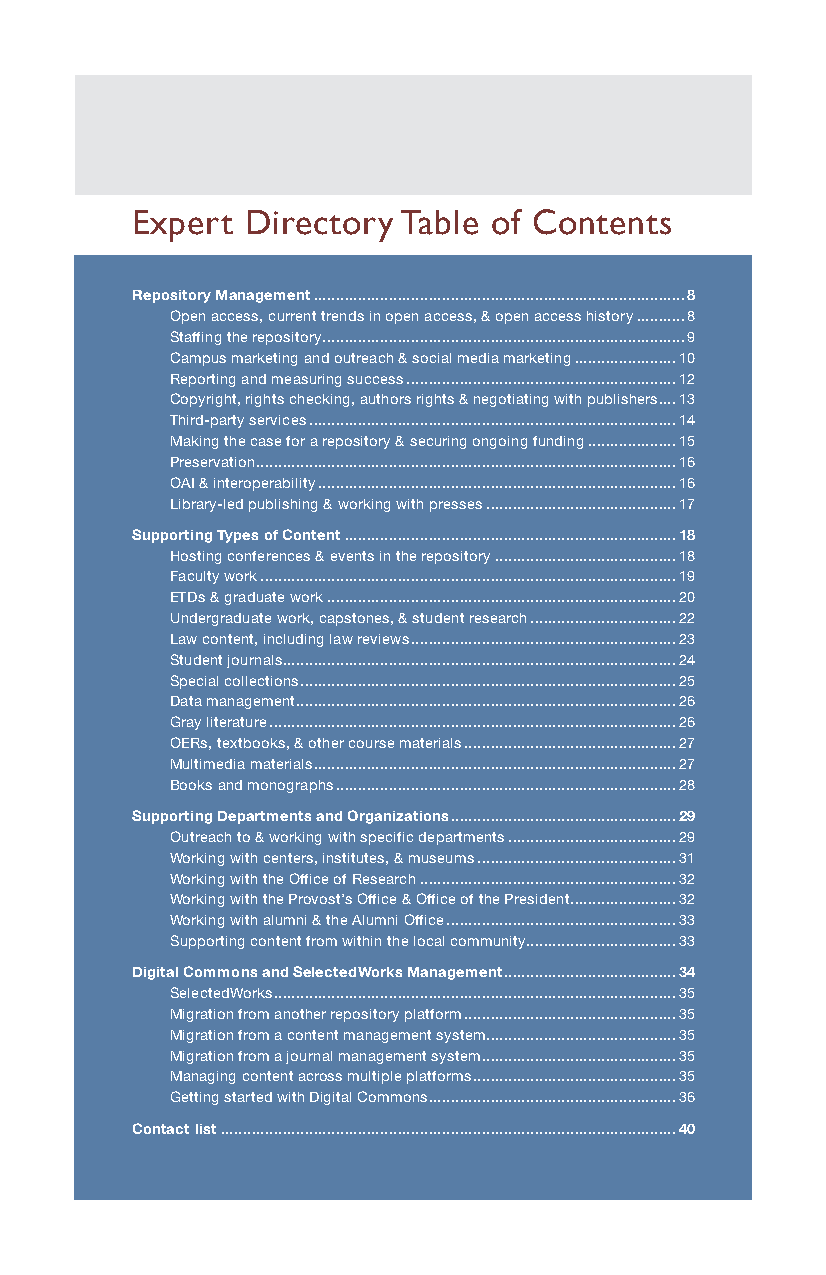
Expert Directory  Table of Contents
 Repository Management ....................................................................................8
 Open access, current trends in open access, & open access history ...........8
 Staffing the repository ..................................................................................9
 Campus marketing and outreach & social media marketing .......................10
 Reporting and measuring success .............................................................12
 Copyright, rights checking, authors rights & negotiating with publishers ....13
 Third-party services ...................................................................................14
 Making the case for a repository & securing ongoing funding ....................15
 Preservation ...............................................................................................16
 OAI & interoperability .................................................................................16
 Library-led publishing & working with presses ...........................................17
 Supporting Types of Content ...........................................................................18
 Hosting conferences & events in the repository .........................................18
 Faculty work ..............................................................................................19
 ETDs & graduate work ...............................................................................20
 Undergraduate work, capstones, & student research .................................22
 Law content, including law reviews ............................................................23
 Student journals. ........................................................................................24
 Special collections .....................................................................................25
 Data management ......................................................................................26
 Gray literature ............................................................................................26
 OERs, textbooks, & other course materials ................................................27
 Multimedia materials ..................................................................................27
 Books and monographs .............................................................................28
 Supporting Departments and Organizations ...................................................29
 Outreach to & working with specific departments ......................................29
 Working with centers, institutes, & museums .............................................31
 Working with the Office of Research ..........................................................32
 Working with the Provost’s Office & Office of the President. .......................32
 Working with alumni & the Alumni Office ....................................................33
 Supporting content from within the local community..................................33
 Digital Commons and SelectedWorks Management .......................................34
 SelectedWorks ...........................................................................................35
 Migration from another repository platform ................................................35
 Migration from a content management system...........................................35
 Migration from a journal management system ............................................35
 Managing content across multiple platforms ..............................................35
 Getting started with Digital Commons ........................................................36
 Contact list .......................................................................................................40